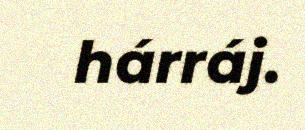
hárráj.